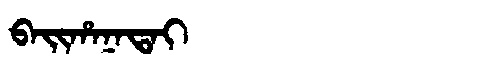
Manchu: ᠪᠠᡳᡥᠠᠨᠠᡨᠠᡳ
Romanization: BAIHANATAI